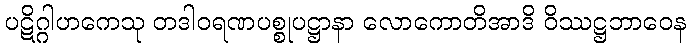
ပဋိဂ္ဂါဟကေသု တဒါဝရဏပစ္စုပဋ္ဌာနာ လောကောတိအာဒိ ဝိဿဋ္ဌဘာဝေန